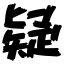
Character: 疑